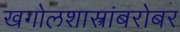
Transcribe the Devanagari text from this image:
खगोलशास्त्रांबरोबर